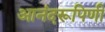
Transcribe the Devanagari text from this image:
आनंदरूपिणी